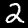
Label: 2